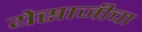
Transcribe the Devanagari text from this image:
येसाजीचा